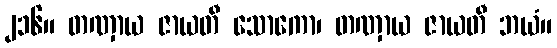
၂၁၆။ တဏှာယ ဇာယတီ သောကော၊ တဏှာယ ဇာယတီ ဘယံ။